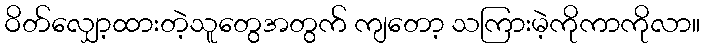
ဝိတ်လျှော့ထားတဲ့သူတွေအတွက် ကျတော့ သကြားမဲ့ကိုကာကိုလာ။